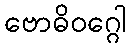
ဗောဓိဝဂ္ဂေါ